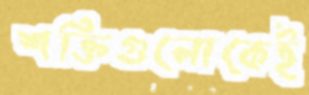
শক্তিগুলোকেই